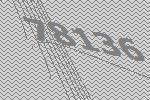
78136